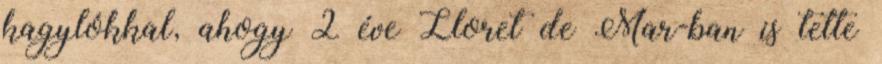
kagylókkal, ahogy 2 éve Lloret de Mar-ban is tette